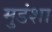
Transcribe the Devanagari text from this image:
मुडंशा